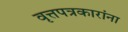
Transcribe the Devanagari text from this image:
वृत्तपत्रकारांना